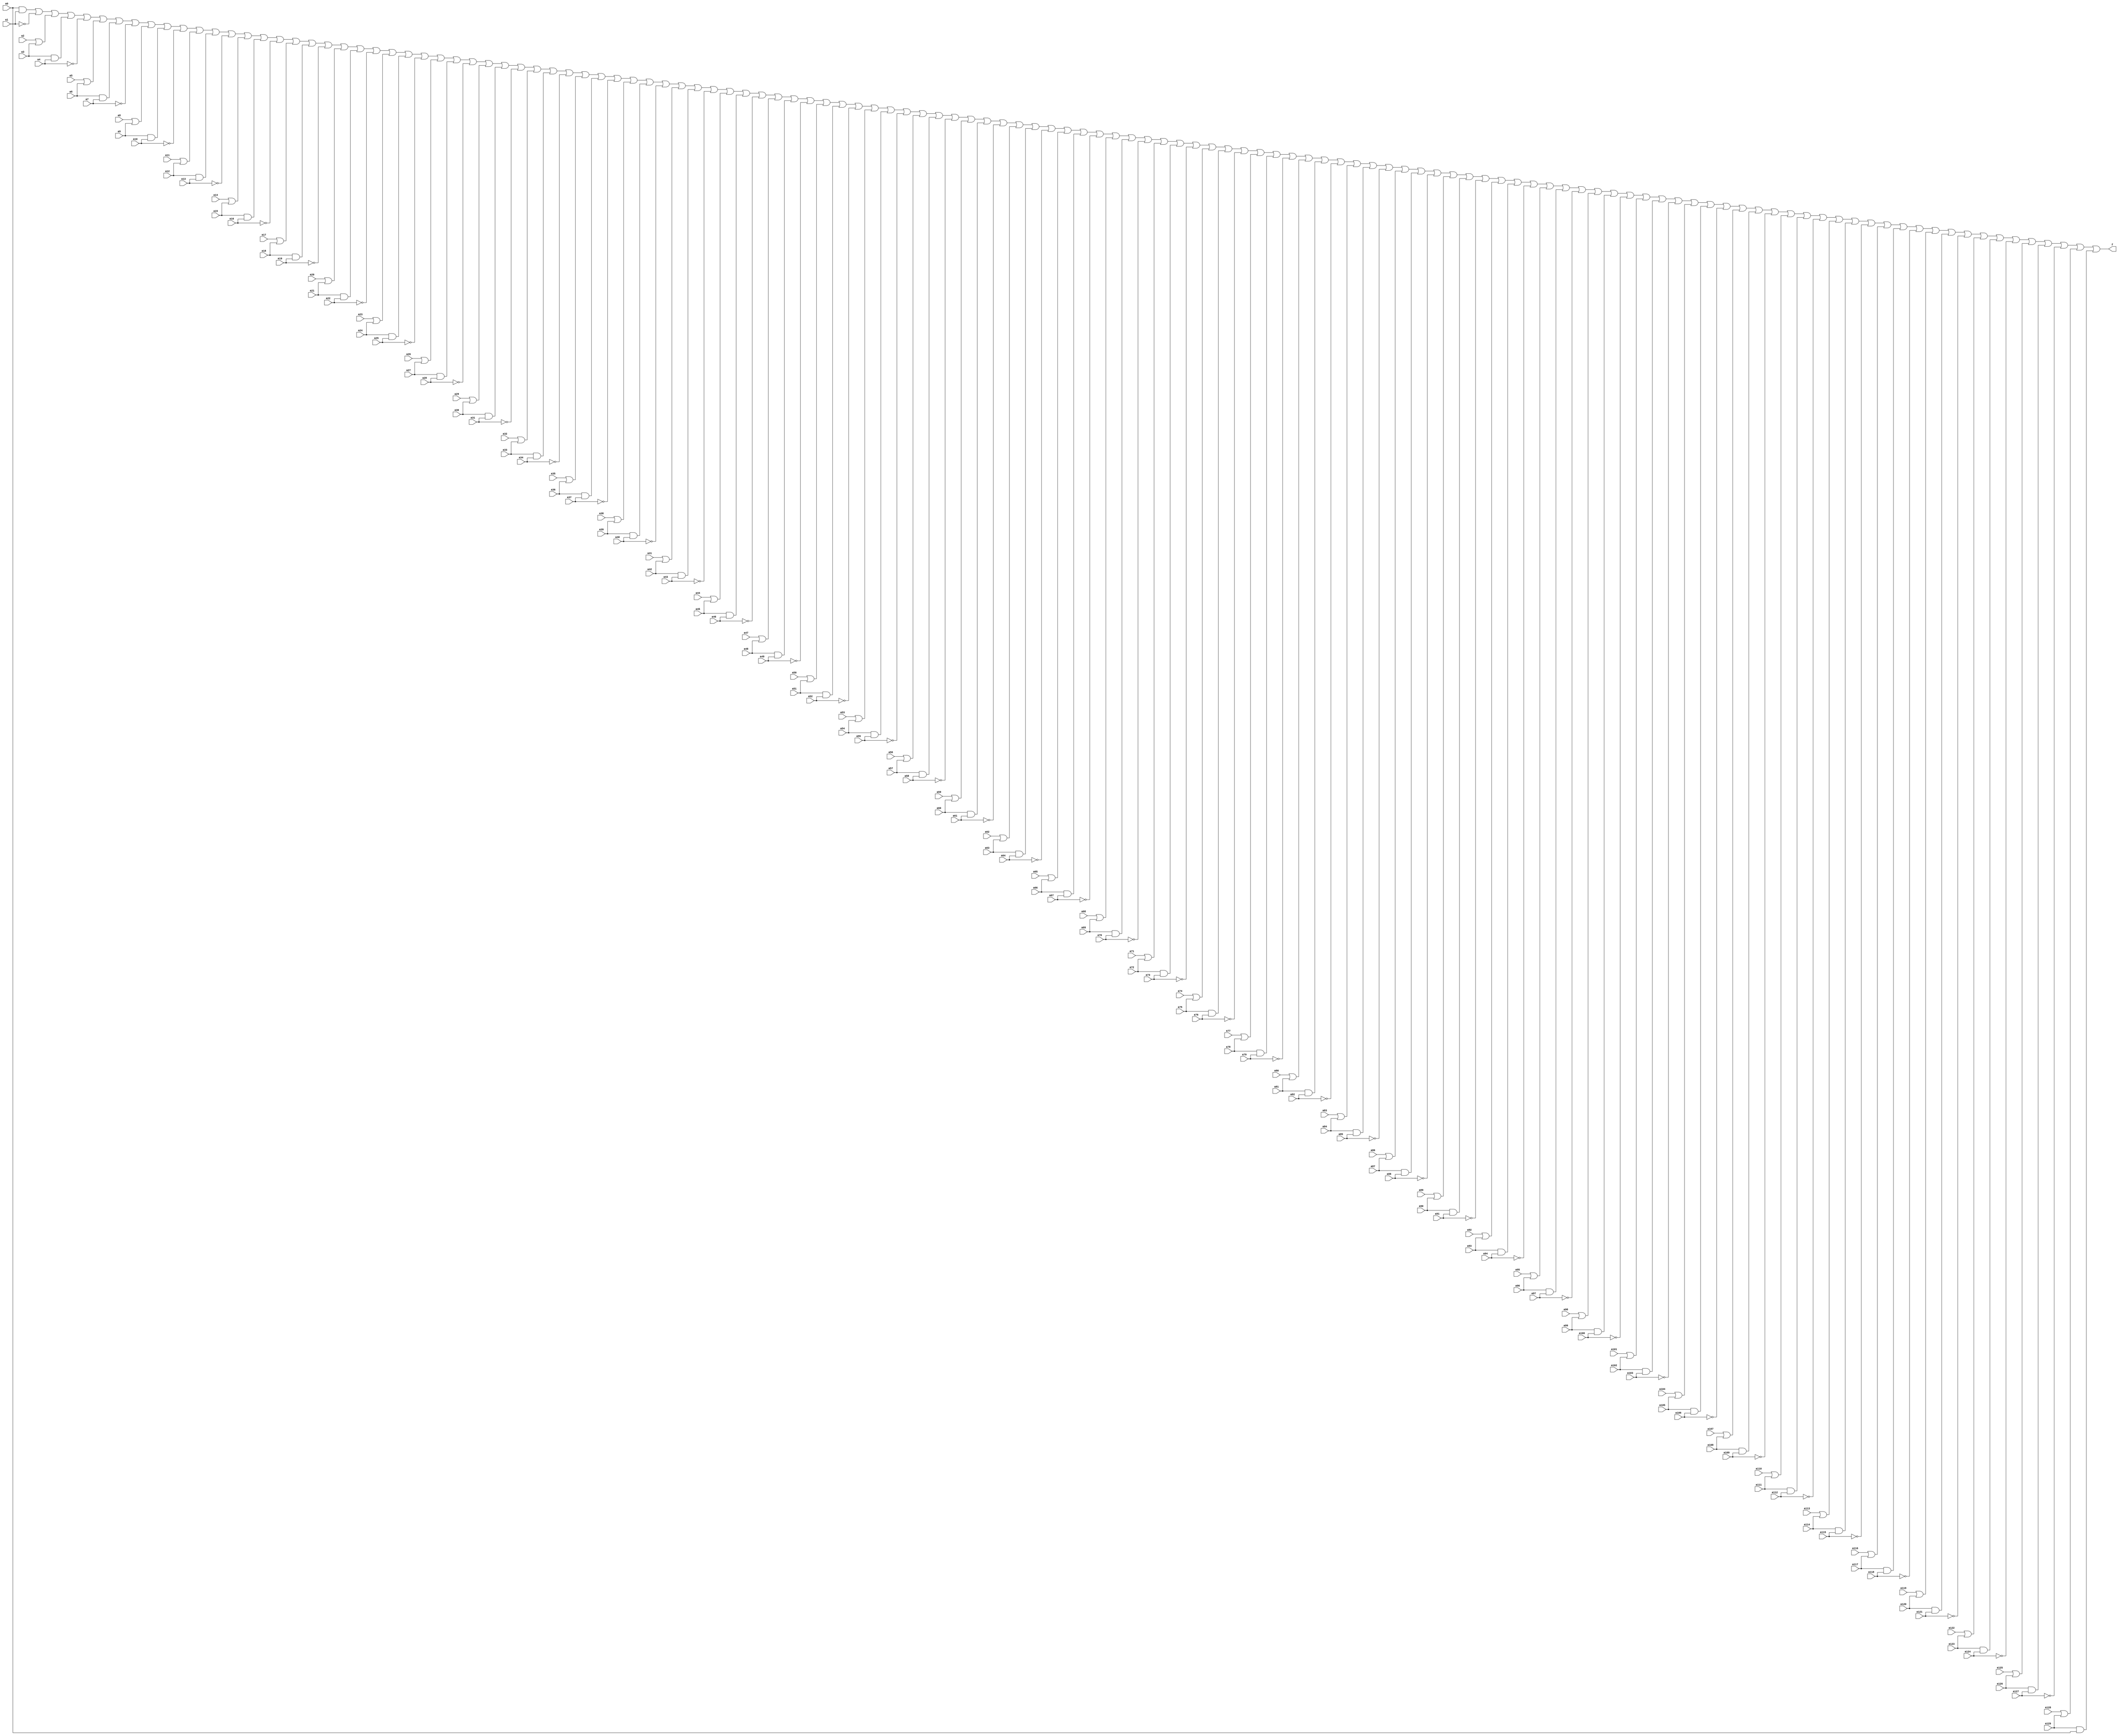
module simple_circuit(
    input a0,
    input a1,
    input a2,
    input a3,
    input a4,
    input a5,
    input a6,
    input a7,
    input a8,
    input a9,
    input a10,
    input a11,
    input a12,
    input a13,
    input a14,
    input a15,
    input a16,
    input a17,
    input a18,
    input a19,
    input a20,
    input a21,
    input a22,
    input a23,
    input a24,
    input a25,
    input a26,
    input a27,
    input a28,
    input a29,
    input a30,
    input a31,
    input a32,
    input a33,
    input a34,
    input a35,
    input a36,
    input a37,
    input a38,
    input a39,
    input a40,
    input a41,
    input a42,
    input a43,
    input a44,
    input a45,
    input a46,
    input a47,
    input a48,
    input a49,
    input a50,
    input a51,
    input a52,
    input a53,
    input a54,
    input a55,
    input a56,
    input a57,
    input a58,
    input a59,
    input a60,
    input a61,
    input a62,
    input a63,
    input a64,
    input a65,
    input a66,
    input a67,
    input a68,
    input a69,
    input a70,
    input a71,
    input a72,
    input a73,
    input a74,
    input a75,
    input a76,
    input a77,
    input a78,
    input a79,
    input a80,
    input a81,
    input a82,
    input a83,
    input a84,
    input a85,
    input a86,
    input a87,
    input a88,
    input a89,
    input a90,
    input a91,
    input a92,
    input a93,
    input a94,
    input a95,
    input a96,
    input a97,
    input a98,
    input a99,
    input a100,
    input a101,
    input a102,
    input a103,
    input a104,
    input a105,
    input a106,
    input a107,
    input a108,
    input a109,
    input a110,
    input a111,
    input a112,
    input a113,
    input a114,
    input a115,
    input a116,
    input a117,
    input a118,
    input a119,
    input a120,
    input a121,
    input a122,
    input a123,
    input a124,
    input a125,
    input a126,
    input a127,
    input a128,
    input a129,
    output f);

wire d0;
wire d1;
wire d2;
wire d3;
wire d4;
wire d5;
wire d6;
wire d7;
wire d8;
wire d9;
wire d10;
wire d11;
wire d12;
wire d13;
wire d14;
wire d15;
wire d16;
wire d17;
wire d18;
wire d19;
wire d20;
wire d21;
wire d22;
wire d23;
wire d24;
wire d25;
wire d26;
wire d27;
wire d28;
wire d29;
wire d30;
wire d31;
wire d32;
wire d33;
wire d34;
wire d35;
wire d36;
wire d37;
wire d38;
wire d39;
wire d40;
wire d41;
wire d42;
wire d43;
wire d44;
wire d45;
wire d46;
wire d47;
wire d48;
wire d49;
wire d50;
wire d51;
wire d52;
wire d53;
wire d54;
wire d55;
wire d56;
wire d57;
wire d58;
wire d59;
wire d60;
wire d61;
wire d62;
wire d63;
wire d64;
wire d65;
wire d66;
wire d67;
wire d68;
wire d69;
wire d70;
wire d71;
wire d72;
wire d73;
wire d74;
wire d75;
wire d76;
wire d77;
wire d78;
wire d79;
wire d80;
wire d81;
wire d82;
wire d83;
wire d84;
wire d85;
wire d86;
wire d87;
wire d88;
wire d89;
wire d90;
wire d91;
wire d92;
wire d93;
wire d94;
wire d95;
wire d96;
wire d97;
wire d98;
wire d99;
wire d100;
wire d101;
wire d102;
wire d103;
wire d104;
wire d105;
wire d106;
wire d107;
wire d108;
wire d109;
wire d110;
wire d111;
wire d112;
wire d113;
wire d114;
wire d115;
wire d116;
wire d117;
wire d118;
wire d119;
wire d120;
wire d121;
wire d122;
wire d123;
wire d124;
wire d125;
wire d126;
wire d127;
wire d128;
wire d129;
and and0(d0, a0, a1);
not not1(d1, a1);
or or2(d2, a2, a3);
and and3(d3, a3, a4);
not not4(d4, a4);
or or5(d5, a5, a6);
and and6(d6, a6, a7);
not not7(d7, a7);
or or8(d8, a8, a9);
and and9(d9, a9, a10);
not not10(d10, a10);
or or11(d11, a11, a12);
and and12(d12, a12, a13);
not not13(d13, a13);
or or14(d14, a14, a15);
and and15(d15, a15, a16);
not not16(d16, a16);
or or17(d17, a17, a18);
and and18(d18, a18, a19);
not not19(d19, a19);
or or20(d20, a20, a21);
and and21(d21, a21, a22);
not not22(d22, a22);
or or23(d23, a23, a24);
and and24(d24, a24, a25);
not not25(d25, a25);
or or26(d26, a26, a27);
and and27(d27, a27, a28);
not not28(d28, a28);
or or29(d29, a29, a30);
and and30(d30, a30, a31);
not not31(d31, a31);
or or32(d32, a32, a33);
and and33(d33, a33, a34);
not not34(d34, a34);
or or35(d35, a35, a36);
and and36(d36, a36, a37);
not not37(d37, a37);
or or38(d38, a38, a39);
and and39(d39, a39, a40);
not not40(d40, a40);
or or41(d41, a41, a42);
and and42(d42, a42, a43);
not not43(d43, a43);
or or44(d44, a44, a45);
and and45(d45, a45, a46);
not not46(d46, a46);
or or47(d47, a47, a48);
and and48(d48, a48, a49);
not not49(d49, a49);
or or50(d50, a50, a51);
and and51(d51, a51, a52);
not not52(d52, a52);
or or53(d53, a53, a54);
and and54(d54, a54, a55);
not not55(d55, a55);
or or56(d56, a56, a57);
and and57(d57, a57, a58);
not not58(d58, a58);
or or59(d59, a59, a60);
and and60(d60, a60, a61);
not not61(d61, a61);
or or62(d62, a62, a63);
and and63(d63, a63, a64);
not not64(d64, a64);
or or65(d65, a65, a66);
and and66(d66, a66, a67);
not not67(d67, a67);
or or68(d68, a68, a69);
and and69(d69, a69, a70);
not not70(d70, a70);
or or71(d71, a71, a72);
and and72(d72, a72, a73);
not not73(d73, a73);
or or74(d74, a74, a75);
and and75(d75, a75, a76);
not not76(d76, a76);
or or77(d77, a77, a78);
and and78(d78, a78, a79);
not not79(d79, a79);
or or80(d80, a80, a81);
and and81(d81, a81, a82);
not not82(d82, a82);
or or83(d83, a83, a84);
and and84(d84, a84, a85);
not not85(d85, a85);
or or86(d86, a86, a87);
and and87(d87, a87, a88);
not not88(d88, a88);
or or89(d89, a89, a90);
and and90(d90, a90, a91);
not not91(d91, a91);
or or92(d92, a92, a93);
and and93(d93, a93, a94);
not not94(d94, a94);
or or95(d95, a95, a96);
and and96(d96, a96, a97);
not not97(d97, a97);
or or98(d98, a98, a99);
and and99(d99, a99, a100);
not not100(d100, a100);
or or101(d101, a101, a102);
and and102(d102, a102, a103);
not not103(d103, a103);
or or104(d104, a104, a105);
and and105(d105, a105, a106);
not not106(d106, a106);
or or107(d107, a107, a108);
and and108(d108, a108, a109);
not not109(d109, a109);
or or110(d110, a110, a111);
and and111(d111, a111, a112);
not not112(d112, a112);
or or113(d113, a113, a114);
and and114(d114, a114, a115);
not not115(d115, a115);
or or116(d116, a116, a117);
and and117(d117, a117, a118);
not not118(d118, a118);
or or119(d119, a119, a120);
and and120(d120, a120, a121);
not not121(d121, a121);
or or122(d122, a122, a123);
and and123(d123, a123, a124);
not not124(d124, a124);
or or125(d125, a125, a126);
and and126(d126, a126, a127);
not not127(d127, a127);
or or128(d128, a128, a129);
and and129(d129, a129, a0);
or or_final(f, d0, d1, d2, d3, d4, d5, d6, d7, d8, d9, d10, d11, d12, d13, d14, d15, d16, d17, d18, d19, d20, d21, d22, d23, d24, d25, d26, d27, d28, d29, d30, d31, d32, d33, d34, d35, d36, d37, d38, d39, d40, d41, d42, d43, d44, d45, d46, d47, d48, d49, d50, d51, d52, d53, d54, d55, d56, d57, d58, d59, d60, d61, d62, d63, d64, d65, d66, d67, d68, d69, d70, d71, d72, d73, d74, d75, d76, d77, d78, d79, d80, d81, d82, d83, d84, d85, d86, d87, d88, d89, d90, d91, d92, d93, d94, d95, d96, d97, d98, d99, d100, d101, d102, d103, d104, d105, d106, d107, d108, d109, d110, d111, d112, d113, d114, d115, d116, d117, d118, d119, d120, d121, d122, d123, d124, d125, d126, d127, d128, d129);
endmodule